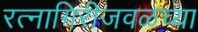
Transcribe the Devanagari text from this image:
रत्नागिरीजवळच्या